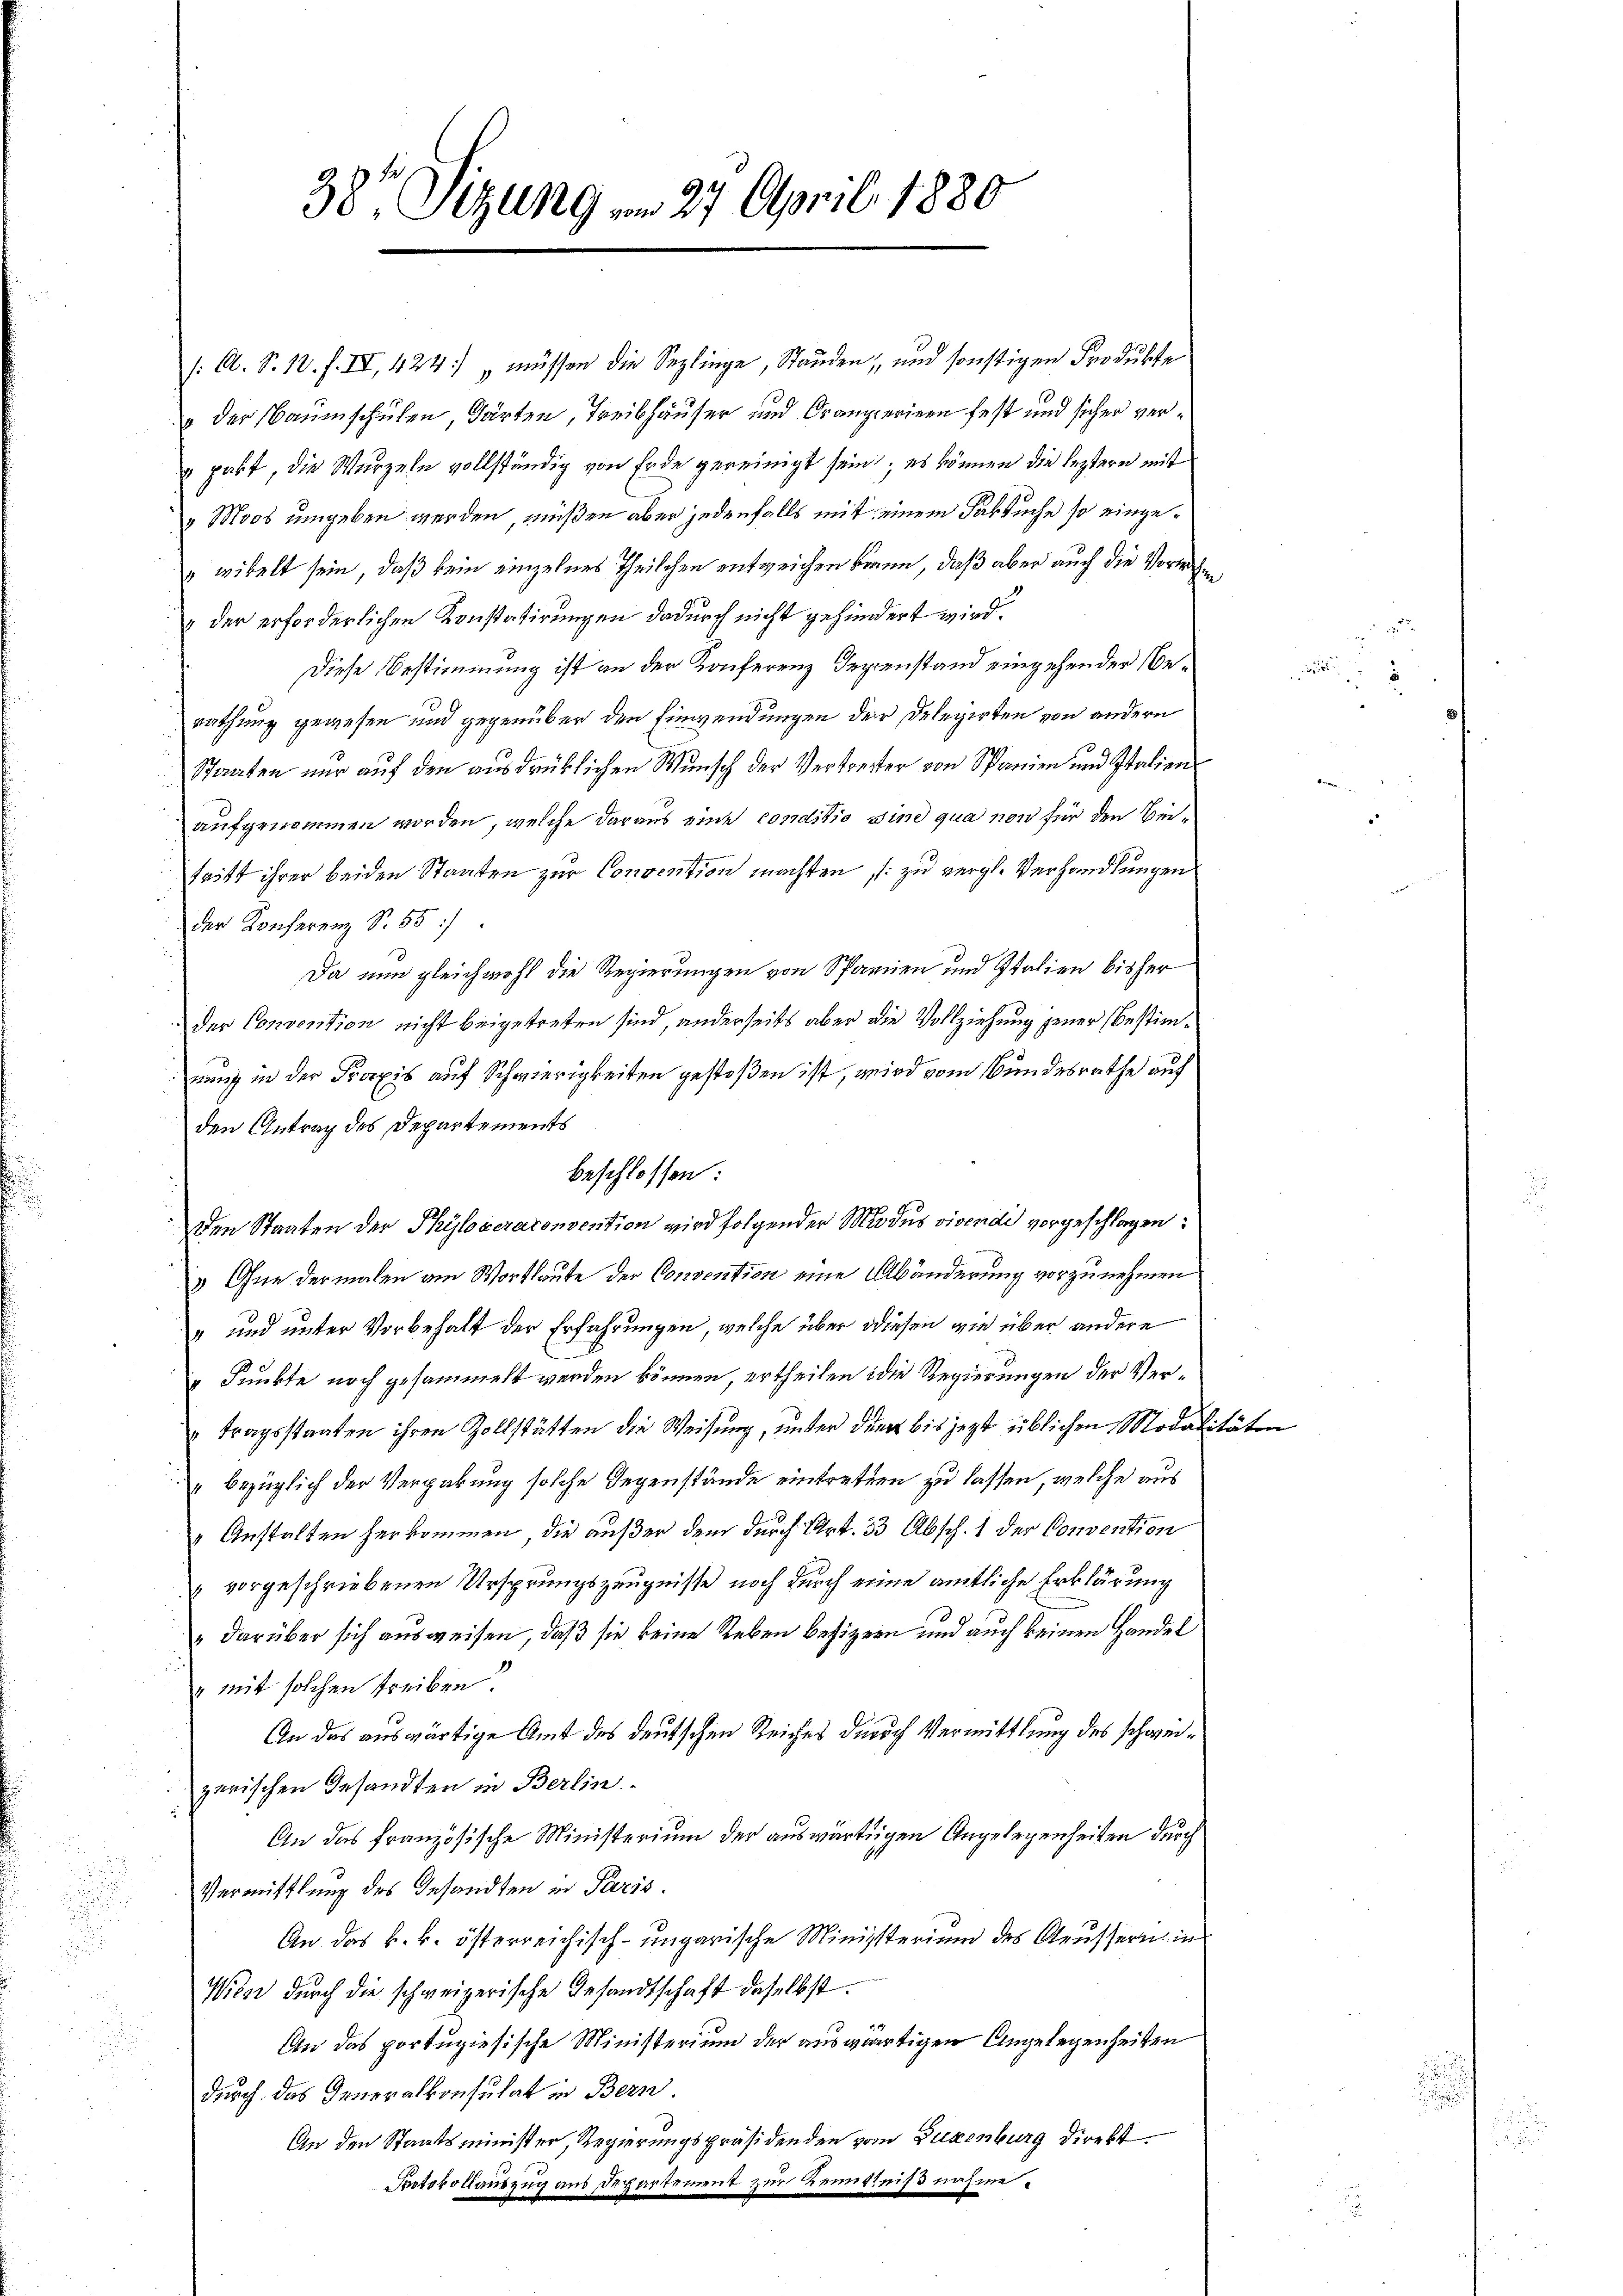
38' Sizung am 27. April 1880

/: A. S. 18. f. IV, 424) „müssen die Seplinge, Standen, und sonstigen Produkte
 der Baumschulen, Gärten, Treibhäuser und Orangierinen fest und sicher ver¬
" pakt, die Wurzeln vollständig von Erde gereinigt sein; es können die leztern mit
„Moos umgeben werden, müßen aber jedenfalls mit einem Faktuche so eingewikelt sein, daß kein einzelnes Theilchen entweichen kann, daß aber auch die Vorwah¬
"der erforderlichen Konstatirungen dadurch nicht gehindert wird.
Diese Bestimmung ist an der Konferenz Gegenstand eingehender Berathung gewesen und gegenüber den Einwendungen der Delegirten von andern
Staaten nur auf den ausdrüklichen Wunsch der Vertreter von Spanien und Italien
aufgenommen worden, welche daraus eine conditio sind qua non für den Beitritt ihrer beiden Staaten zur Convention machten (zu vergl. Verhandlungen
der Konferenz S. 55.
Da nun gleichwohl die Regierungen von Sparen und Italien bisher
der Convention nicht beigetreten sind, anderseits aber die Vollziehung jener bestimnung in der Praxis auf Schwierigkeiten gestoßen ist, wird vom Bundesrathe auf
den Antrag des Departements
Den Staaten der Phyloveraconsention wird folgender Modus vivendi vorgeschlagen:
 Ohne dermalen am Wortlaute der Convention eine Abänderung vorzunehmen
" und unter Vorbehalt der Erfahrungen, welche über diesen wie über andere
Punkte noch gesammelt werden können, ertheilen die Regierungen der Vertragsstaaten ihren Zollstätten die Weisung, unter die bis jezt üblichen Modalitäten
bezüglich der Vergabung solche Gegenstände eintretten zu lassen, welche aus
Gestalten herkommen, die außer dem durch Art. 33 Absch. 1 der Convention
" vorgeschriebenen Ursprungszeugnisse noch durch eine amtliche Erklärung
darüber sich ausweisen, daß sie keine Reben besizern und auch keinen Handel
 mit solchen treiben.
An das auswärtige Amt des deutschen Reiches durch Vermittlung des schweizerischen Gesandten in Berlin
An das französische Ministerium der auswärtigen Angelegenheiten durch
Vermittlung des Gesandten in Paris.
An das k. k. österreichisch-ungarische Ministerium des Aeusseren in
Wiese durch die schweizerische Gesandtschaft daselbst.
An das portugiesische Ministerium der auswärtigen Angelegenheiten
durch das Generalkonsulat in Bern
An den Staatsminister, Regierungspräsidenden von Luxenburg direkt.
Protokollauszug aus Departement zur Bemittniß nahme.

beschlossen: